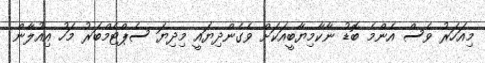
މިއަހަރު ވެސް އެންމެ ބޮޑު ނާކާމިޔާބީއަކަށް ވެގެންދިޔައީ މިދިޔަ ސެޕްޓެމްބަރު މަހު އިއުލާން